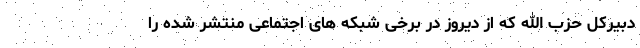
دبیرکل حزب الله که از دیروز در برخی شبکه های اجتماعی منتشر شده را